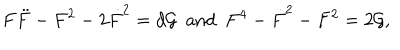
LaTeX: F \ddot { F } - F ^ { 2 } - 2 \dot { F } ^ { 2 } = d { \cal G } ~ ~ \mathrm { a n d } ~ ~ F ^ { 4 } - \dot { F } ^ { 2 } - F ^ { 2 } = 2 { \cal G } ,